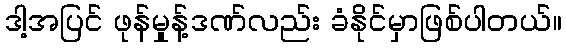
ဒါ့အပြင် ဖုန်မှုန့်ဒဏ်လည်း ခံနိုင်မှာဖြစ်ပါတယ်။